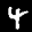
Label: 4